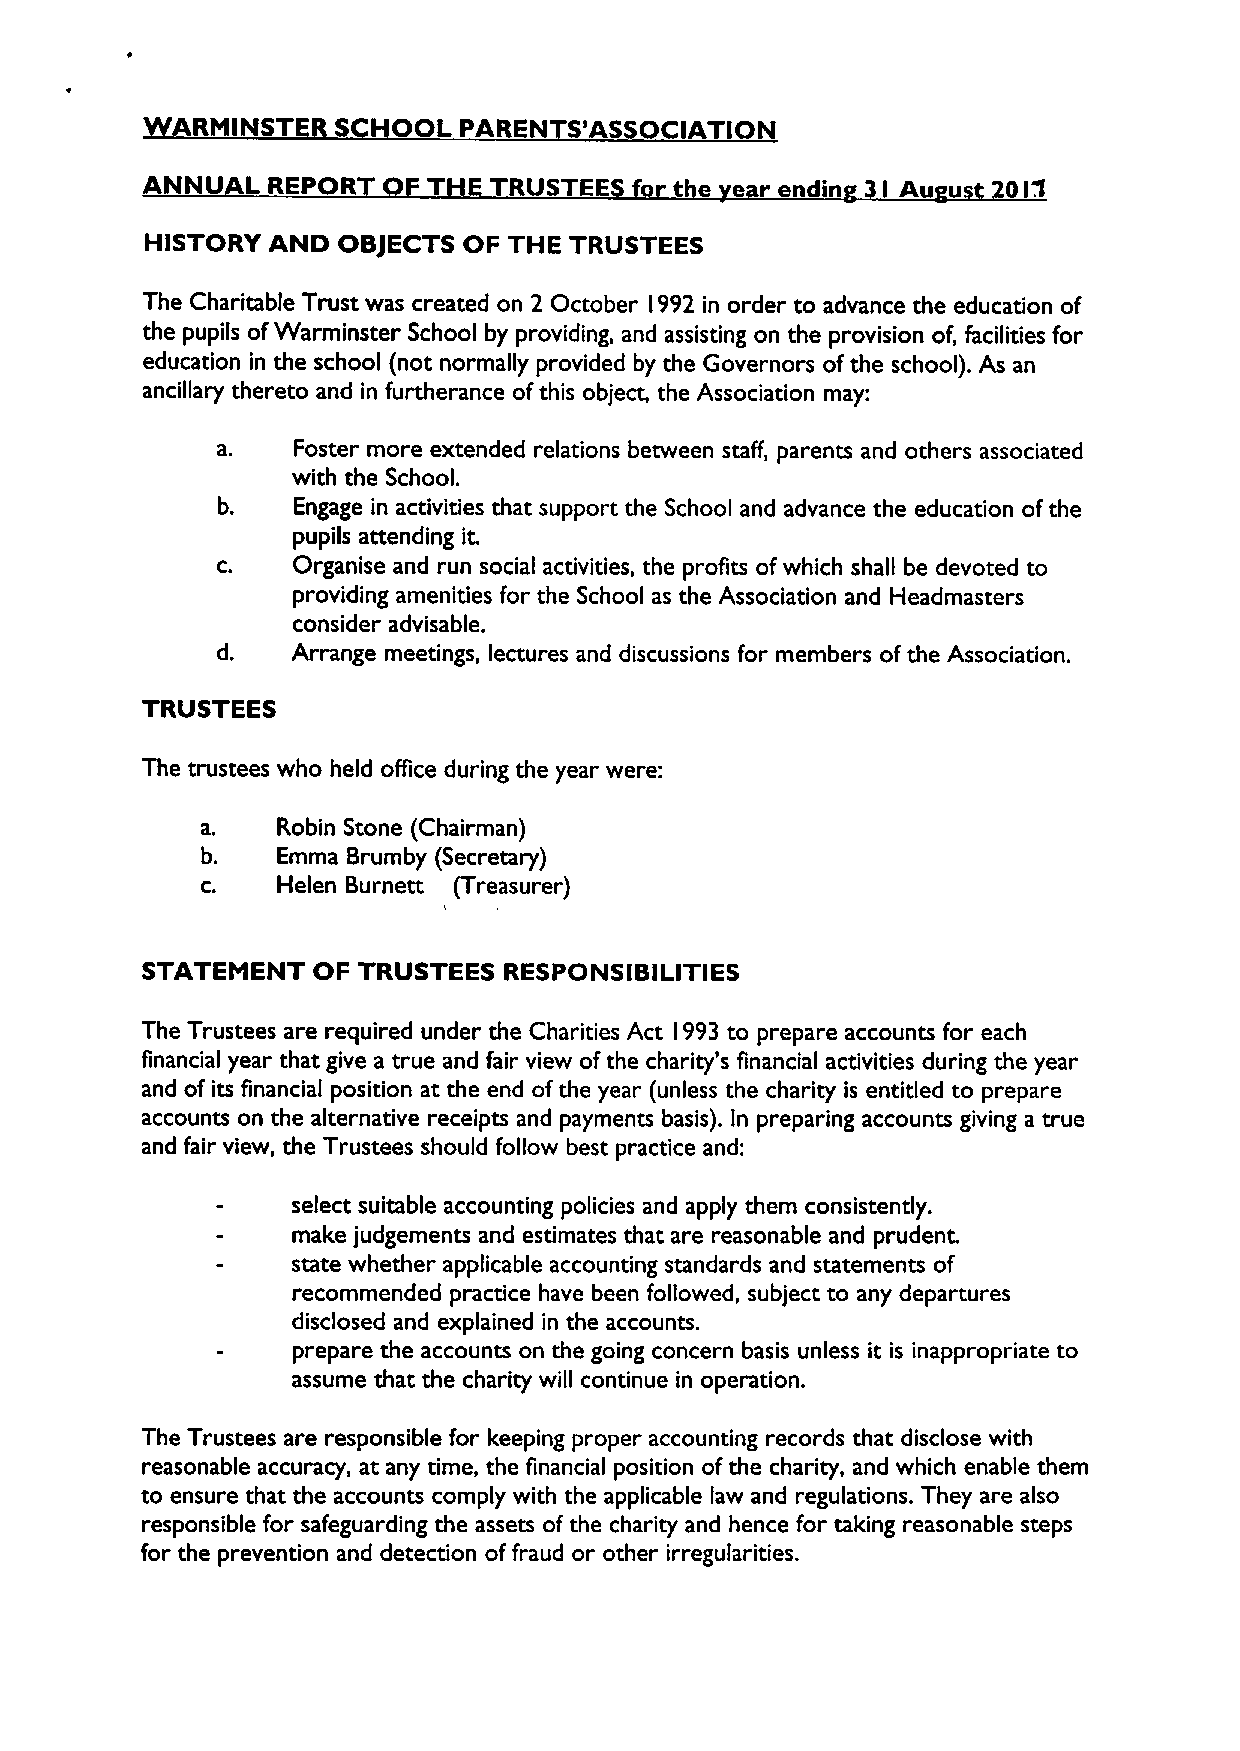
RM INST  S   OOL PAREN   S'ASSOCIATION
 ANNU   L REPOR     T   TRUSTEE      t e e  endin I Au u   0l1
 HISTORY AND OBJECTS  OF THE TRUSTEES
 The Charitable Trust was created on 2 October l992 in order to advance the education of
 the pupils ofWarminster School by providing, and assisting on the provision of, facilities for
 education in the school (not normally provided by the Governors ofthe school). As an
 ancillary thereto and in furtherance ofthis object, the Association may:
 Foster more extended relations between staff, parents and others associated
 with the School.
 Engage in activities that support the School and advance the education ofthe
 pupils attending it.
 C.   Organise and run social activities, the profits ofwhich shall be devoted to
 providing amenities for the School as the Association and Headmasters
 consider advisable.
 Arrange meetings, lectures and discussions for members ofthe Association.
 TRUSTEES
 The trustees who held office during the year were:
 a.   Robin Stone (Chairman)
 b.   Emma Brumby (Secretary)
 c.   Helen Burnett (Treasurer)
 1
 STATEMENT   OF TRUSTEES RESPONSIBILITIES
 The Trustees are required under the Charities Act 993 to prepare accounts for each
 l
 financial year that give a true and fair view ofthe charity's financial activities during the year
 and of its financial position at the end ofthe year (unless the charity is entitled to prepare
 accounts on the alternative receipts and payments basis). In preparing accounts giving a true
 and fair view, the Trustees should follow best practice and:
 select suitable accounting policies and apply them consistently.
 make judgements and estimates that are reasonable and prudent.
 state whether applicable accounting standards and statements of
 recommended practice have been followed, subject to any departures
 disclosed and explained in the accounts.
 prepare the accounts on the going concern basis unless it is inappropriate to
 assume that the charity will continue in operation.
 The Trustees are responsible for keeping proper accounting records that disclose with
 reasonable accuracy, at any time, the financial position ofthe charity, and which enable them
 to ensure that the accounts comply with the applicable law and regulations. They are also
 responsible for safeguarding the assets of the charity and hence for taking reasonable steps
 for the prevention and detection offraud or other irregularities.